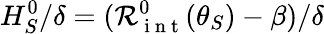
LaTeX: H_{S}^{0}/\delta=(\mathcal{R}_{\mathrm{~i~n~t~}}^{0}(\theta_{S})-\beta)/\delta